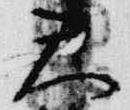
天